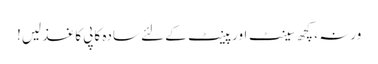
ورنہ ، کچھ سینٹ اور پینٹ کے لئے سادہ کاپی کاغذ لیں!